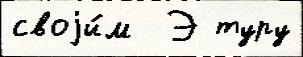
своjи́м  Э туру